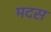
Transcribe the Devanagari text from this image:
मदस